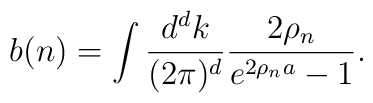
b(n)=\int{d^d k\over(2\pi)^d}{2\rho_n\over e^{2\rho_n a}-1}.